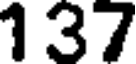
137